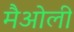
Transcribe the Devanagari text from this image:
मैओली